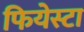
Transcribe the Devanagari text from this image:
फियेस्टा